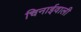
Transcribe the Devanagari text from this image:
चिनाईवाली